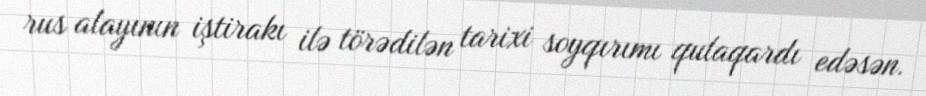
rus alayının iştirakı ilə törədilən tarixi soyqırımı qulaqardı edəsən.